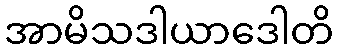
အာမိသဒါယာဒေါတိ